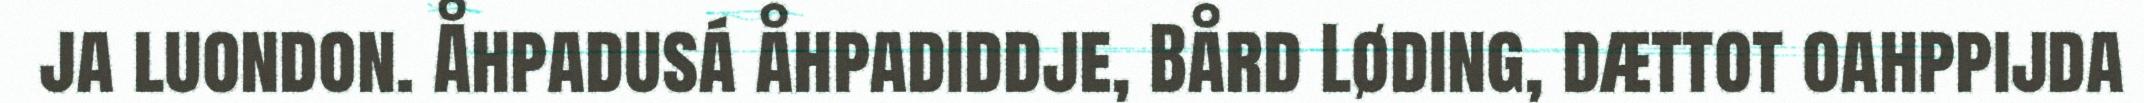
ja luondon. Åhpadusá åhpadiddje, Bård Løding, dættot oahppijda